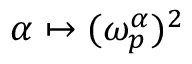
\alpha \mapsto ( \omega _ { p } ^ { \alpha } ) ^ { 2 }